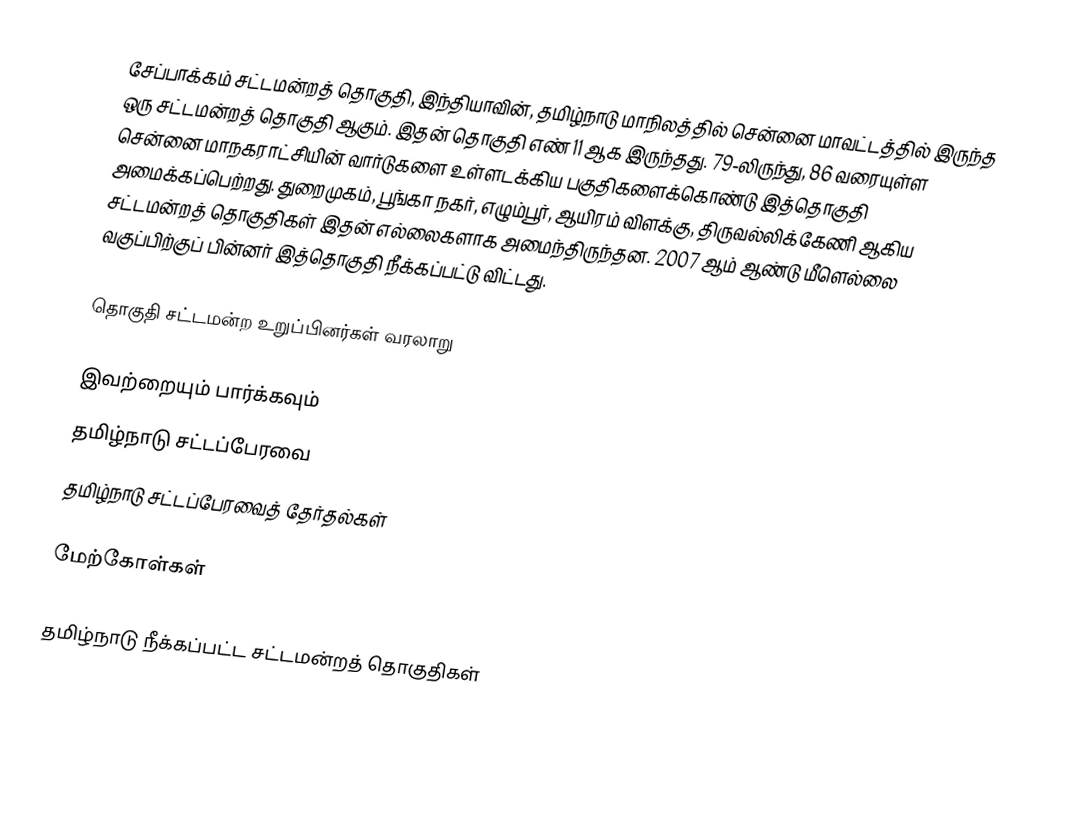
சேப்பாக்கம் சட்டமன்றத் தொகுதி, இந்தியாவின், தமிழ்நாடு மாநிலத்தில் சென்னை மாவட்டத்தில் இருந்த ஒரு சட்டமன்றத் தொகுதி ஆகும். இதன் தொகுதி எண் 11 ஆக இருந்தது. 79-லிருந்து, 86 வரையுள்ள சென்னை மாநகராட்சியின் வார்டுகளை உள்ளடக்கிய பகுதிகளைக்கொண்டு இத்தொகுதி அமைக்கப்பெற்றது. துறைமுகம், பூங்கா நகர், எழும்பூர், ஆயிரம் விளக்கு, திருவல்லிக்கேணி ஆகிய சட்டமன்றத் தொகுதிகள் இதன் எல்லைகளாக அமைந்திருந்தன. 2007 ஆம் ஆண்டு மீளெல்லை வகுப்பிற்குப் பின்னர் இத்தொகுதி நீக்கப்பட்டு விட்டது.

தொகுதி சட்டமன்ற உறுப்பினர்கள் வரலாறு

இவற்றையும் பார்க்கவும்
 தமிழ்நாடு சட்டப்பேரவை
 தமிழ்நாடு சட்டப்பேரவைத் தேர்தல்கள்

மேற்கோள்கள்

தமிழ்நாடு நீக்கப்பட்ட சட்டமன்றத் தொகுதிகள்